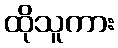
ထိုသူကား